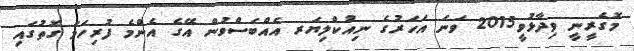
މޮގެރީނީ ވިދާޅުވީ2015 ވަނަ އަހަރުގެ ނިއުކްލިޔަރ އެއްބަސްވުން އޭގެ އެންމެ ފުރިހަމަ ގޮތުގައި